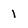
Character: 1